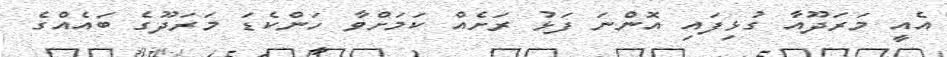
އެއީ މަރަދޫއާ ގުޅިފައި އޮންނަ ފަޅު ރަށެއް ކަމަށްވާ ހަންކެޑަ މަރަދޫގެ ބައެއްގެ